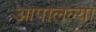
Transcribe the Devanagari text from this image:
आपालल्या